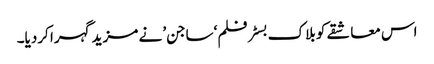
اس معاشقے کو بلاک بسٹر فلم ‘ساجن’ نے مزید گہرا کردیا۔